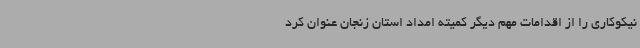
نیکوکاری را از اقدامات مهم دیگر کمیته امداد استان زنجان عنوان کرد